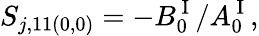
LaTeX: S_{j,11(0,0)}=-B_{0}^{\mathrm{~I~}}/A_{0}^{\mathrm{~I~}},